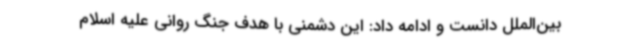
بین‌الملل دانست و ادامه داد: این دشمنی با هدف جنگ روانی علیه اسلام